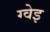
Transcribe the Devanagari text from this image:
ग्वेइ